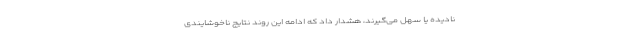
نادیده یا سهل می‌گیرند، هشدار داد که ادامه این روند نتایج ناخوشایندی